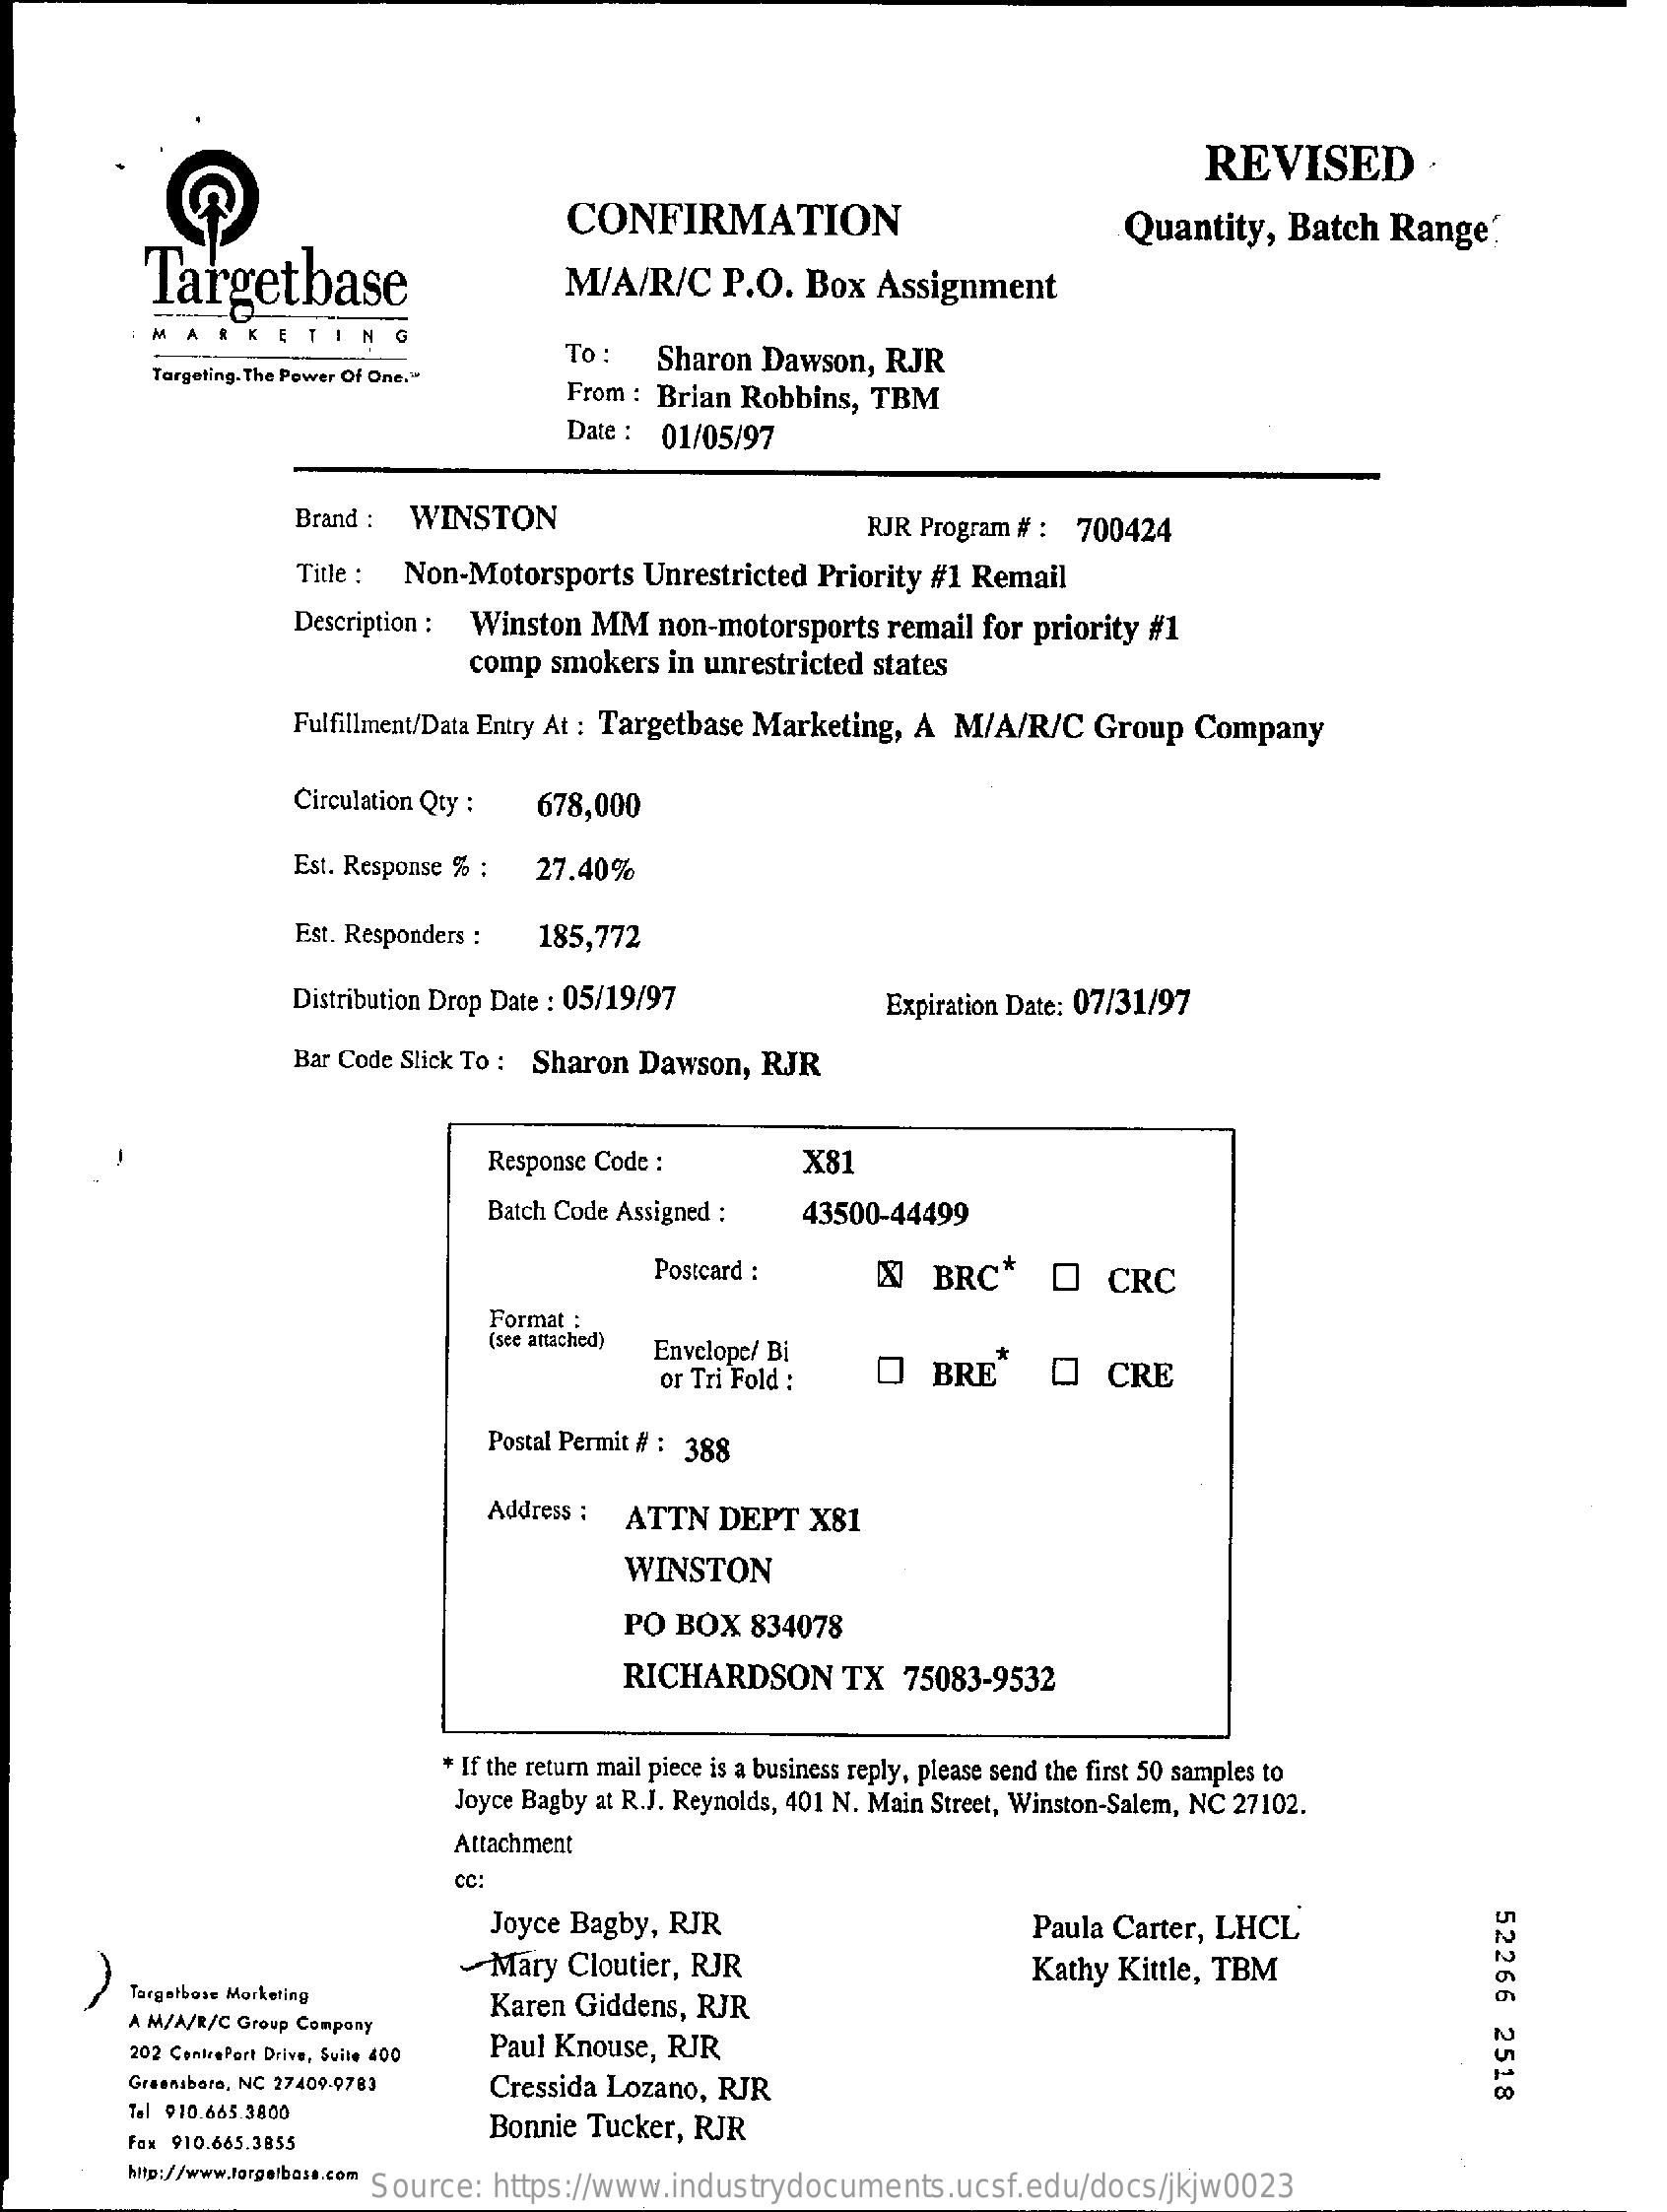
REVISED
     CONFIRMATION
     Targetbase
     Quantity,   Batch   Range'
     M/A/R/C    P.O.   Box   Assignment
     MARKETING
     To :   Sharon   Dawson,  RJR
     Targeting. The Power Of One."
     From : Brian  Robbins,  TBM
     Date :  01/05/97
     Brand :  WINSTON    RJR Program # :  700424
     Title : Non-Motorsports    Unrestricted  Priority #1 Remail
     Description : Winston  MM   non-motorsports    remail for priority #1
     comp   smokers  in unrestricted  states
     Fulfillment/Data Entry At : Targetbase Marketing, A  M/A/R/C    Group   Company
     Circulation Qty :   678,000
     Est. Response % :  27.40%
     Est. Responders :  185,772
     Distribution Drop Date : 05/19/97    Expiration Date: 07/31/97
     Bar Code Slick To : Sharon  Dawson,   RJR
     Response Code :    X81
     Batch Code Assigned :    43500-44499
     Postcard :    &   BRC*    O    CRC
     Format :
     (see attached) Envelope/ Bi
     or Tri Fold :    O   BRE    O    CRE
     Postal Permit # : 388
     Address :  ATTN   DEPT   X81
     WINSTON
     PO BOX    834078
     RICHARDSON    TX   75083-9532
     * If the return mail piece is a business reply, please send the first 50 samples to
     Joyce Bagby at R.J. Reynolds, 401 N. Main Street, Winston-Salem, NC 27102.
     Attachment
     cc:
     52266
     2518
     Joyce Bagby,  RJR    Paula Carter,  LHCL'
     Mary  Cloutier, RJR    Kathy  Kittle, TBM
     Targetbose Morketing
     A M/A/R/C Group Company
     Karen  Giddens,  RJR
     202 CentrePort Drive, Suite 400 Paul Knouse, RJR
     Greensboro, NC 27409-9783   Cressida Lozano,  RJR
     Tel 910.665.3800
     Bonnie  Tucker, RJR
     Fox 910.665.3855
     http://www.forgetbass.com
     Source:   https://www.industrydocuments.ucsf.edu/docs/jkjw0023